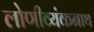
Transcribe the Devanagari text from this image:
लोणीव्यंकनाथ